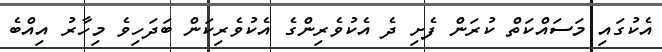
އެކުގައި މަސައްކަތް ކުރަން ފެށި ދެ އެކުވެރިންގެ އެކުވެރިކަން ބަދަހިވެ މިހާރު އިއްބެ